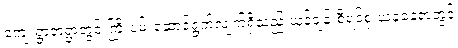
ကျေးရွာတရွာတွင် ကြိုးပမ်းဆောင်ရွက်လျက်ရှိသည့် ယုန်ချန်းစီရင်စု ယခုနေရာတွင်